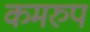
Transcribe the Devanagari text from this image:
कमरुप